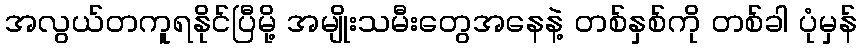
အလွယ်တကူရနိုင်ပြီမို့ အမျိုးသမီးတွေအနေနဲ့ တစ်နှစ်ကို တစ်ခါ ပုံမှန်